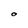
Character: O